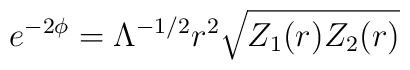
e^{-2\phi}=\Lambda^{-1/2}r^2 \sqrt{Z_1(r)Z_2(r)}